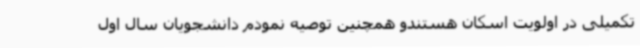
تکمیلی در اولویت اسکان هستندو همچنین توصیه نمودم دانشجویان سال اول